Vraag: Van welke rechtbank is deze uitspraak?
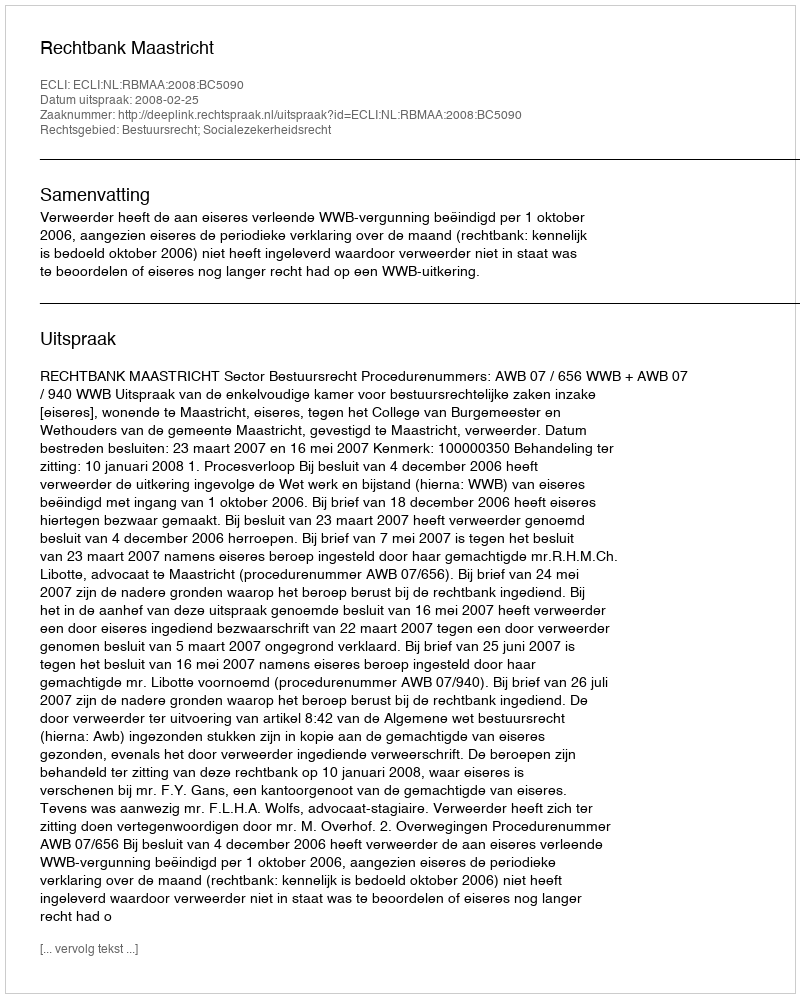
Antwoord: Rechtbank Maastricht